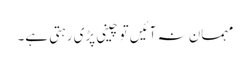
مہمان نہ آئیں تو چینی پڑی رہتی ہے۔